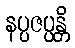
နပ္ပဇပ္ပန္တိ